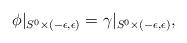
LaTeX: \begin{align*}\phi|_{S^{0}\times (-\epsilon,\epsilon)}=\gamma|_{S^{0}\times(-\epsilon,\epsilon)},\end{align*}